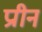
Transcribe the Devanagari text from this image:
प्राीन